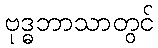
ဗုဒ္ဓဘာသာတွင်